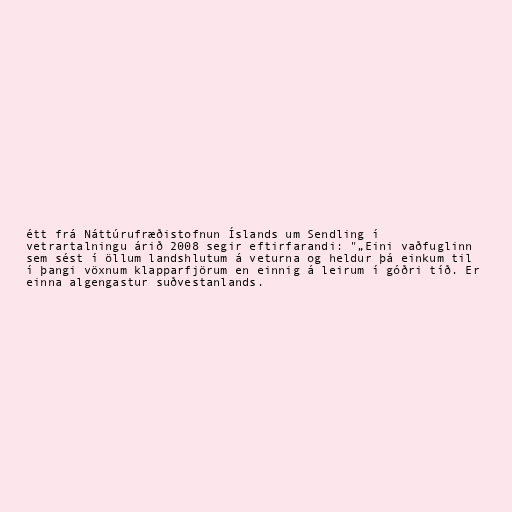
étt frá Náttúrufræðistofnun Íslands um Sendling í
vetrartalningu árið 2008 segir eftirfarandi: "„Eini vaðfuglinn
sem sést í öllum landshlutum á veturna og heldur þá einkum til
í þangi vöxnum klapparfjörum en einnig á leirum í góðri tíð. Er
einna algengastur suðvestanlands.